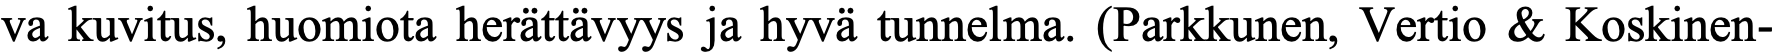
va kuvitus, huomiota herättävyys ja hyvä tunnelma. (Parkkunen, Vertio & Koskinen-